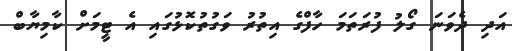
އަދި ދެވަނަ ގޯލު ފުރަތަމަ ހާފްގެ އިތުރު ވަގުތުކޮޅުގައި އެ ޓީމަށް ކާމިޔާބް